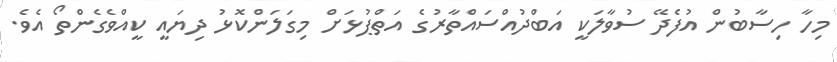
މިހާ ހިސާބުން އުފެދޭ ސުވާލަކީ އަބްދުއްސައްތާރުގެ އަތްޕުޅަށް މިގަލަންކޮޅު ދިޔައީ ކީއްވެގެންތޯ އެެވެ.